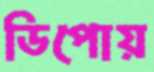
ডিপোয়